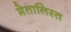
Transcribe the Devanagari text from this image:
मेतालिस्त